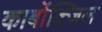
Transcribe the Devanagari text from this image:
कार्बोक्जिल